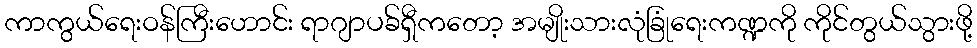
ကာကွယ်ရေးဝန်ကြီးဟောင်း ရာဂျာပခ်ရှီကတော့ အမျိုးသားလုံခြုံရေးကဏ္ဍကို ကိုင်တွယ်သွားဖို့